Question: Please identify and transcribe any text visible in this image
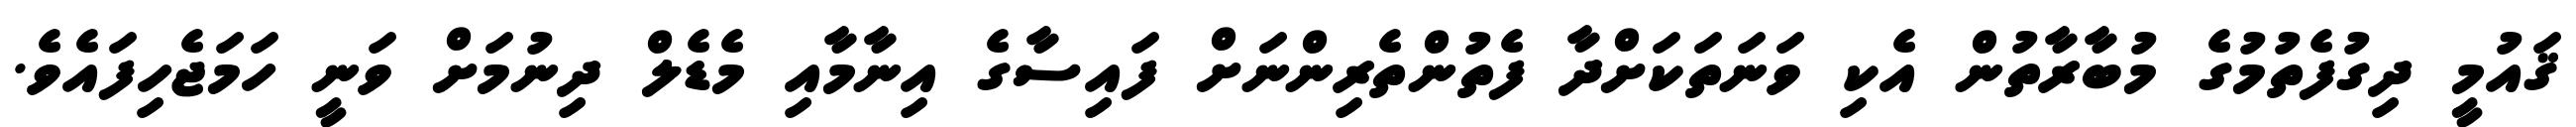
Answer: ޤައުމީ ދިގުފެތުމުގެ މުބާރާތުން އެކި ވަނަތަކަށްދާ ފެތުންތެރިންނަށް ފައިސާގެ އިނާމާއި މެޑެލް ދިނުމަށް ވަނީ ހަމަޖެހިފައެވެ.